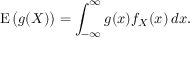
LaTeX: \operatorname { E } { \big ( } g ( X ) { \big ) } = \int _ { - \infty } ^ { \infty } g ( x ) f _ { X } ( x ) \, d x .